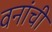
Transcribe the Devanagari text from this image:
वनांची